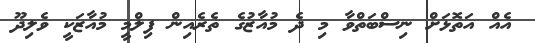
އެއް އަތޮޅަށް ނިސްބަތްވާ މި ދެ މުއާޒުގެ ތެރެއިން ފިލްމީ މުއާޒަކީ ވެލިދޫ